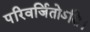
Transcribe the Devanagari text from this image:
परिवर्जितोऽसि।